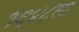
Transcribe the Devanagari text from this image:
१९४८ला